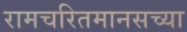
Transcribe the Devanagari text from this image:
रामचरितमानसच्या